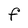
Character: F